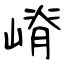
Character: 嵴